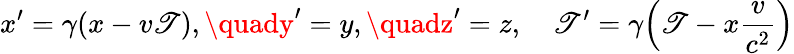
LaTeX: x^{\prime}=\gamma(x-v\mathscr{T}),\quady^{\prime}=y,\quadz^{\prime}=z,\quad\mathscr{T}^{\prime}=\gamma\Big(\mathscr{T}-x\frac{{v}}{{c^{2}}}\Big)